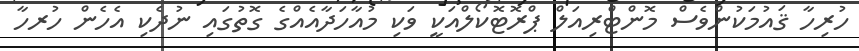
ހުރިހާ ޤައުމަކުންވެސް މޮންޓްރިއަލް ޕްރޮޓޮކޯލްއަކީ ވަކި މުއާހަދާއެއްގެ ގޮތުގައި ނުދެކި އެހެން ހުރހާ